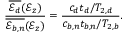
\frac { \overline { { \mathscr { E } _ { d } } } ( \mathcal { E } _ { z } ) } { \overline { { \mathscr { E } _ { b , n } } } ( \mathcal { E } _ { z } ) } = \frac { c _ { d } t _ { d } / T _ { 2 , d } } { c _ { b , n } t _ { b , n } / T _ { 2 , b } } .